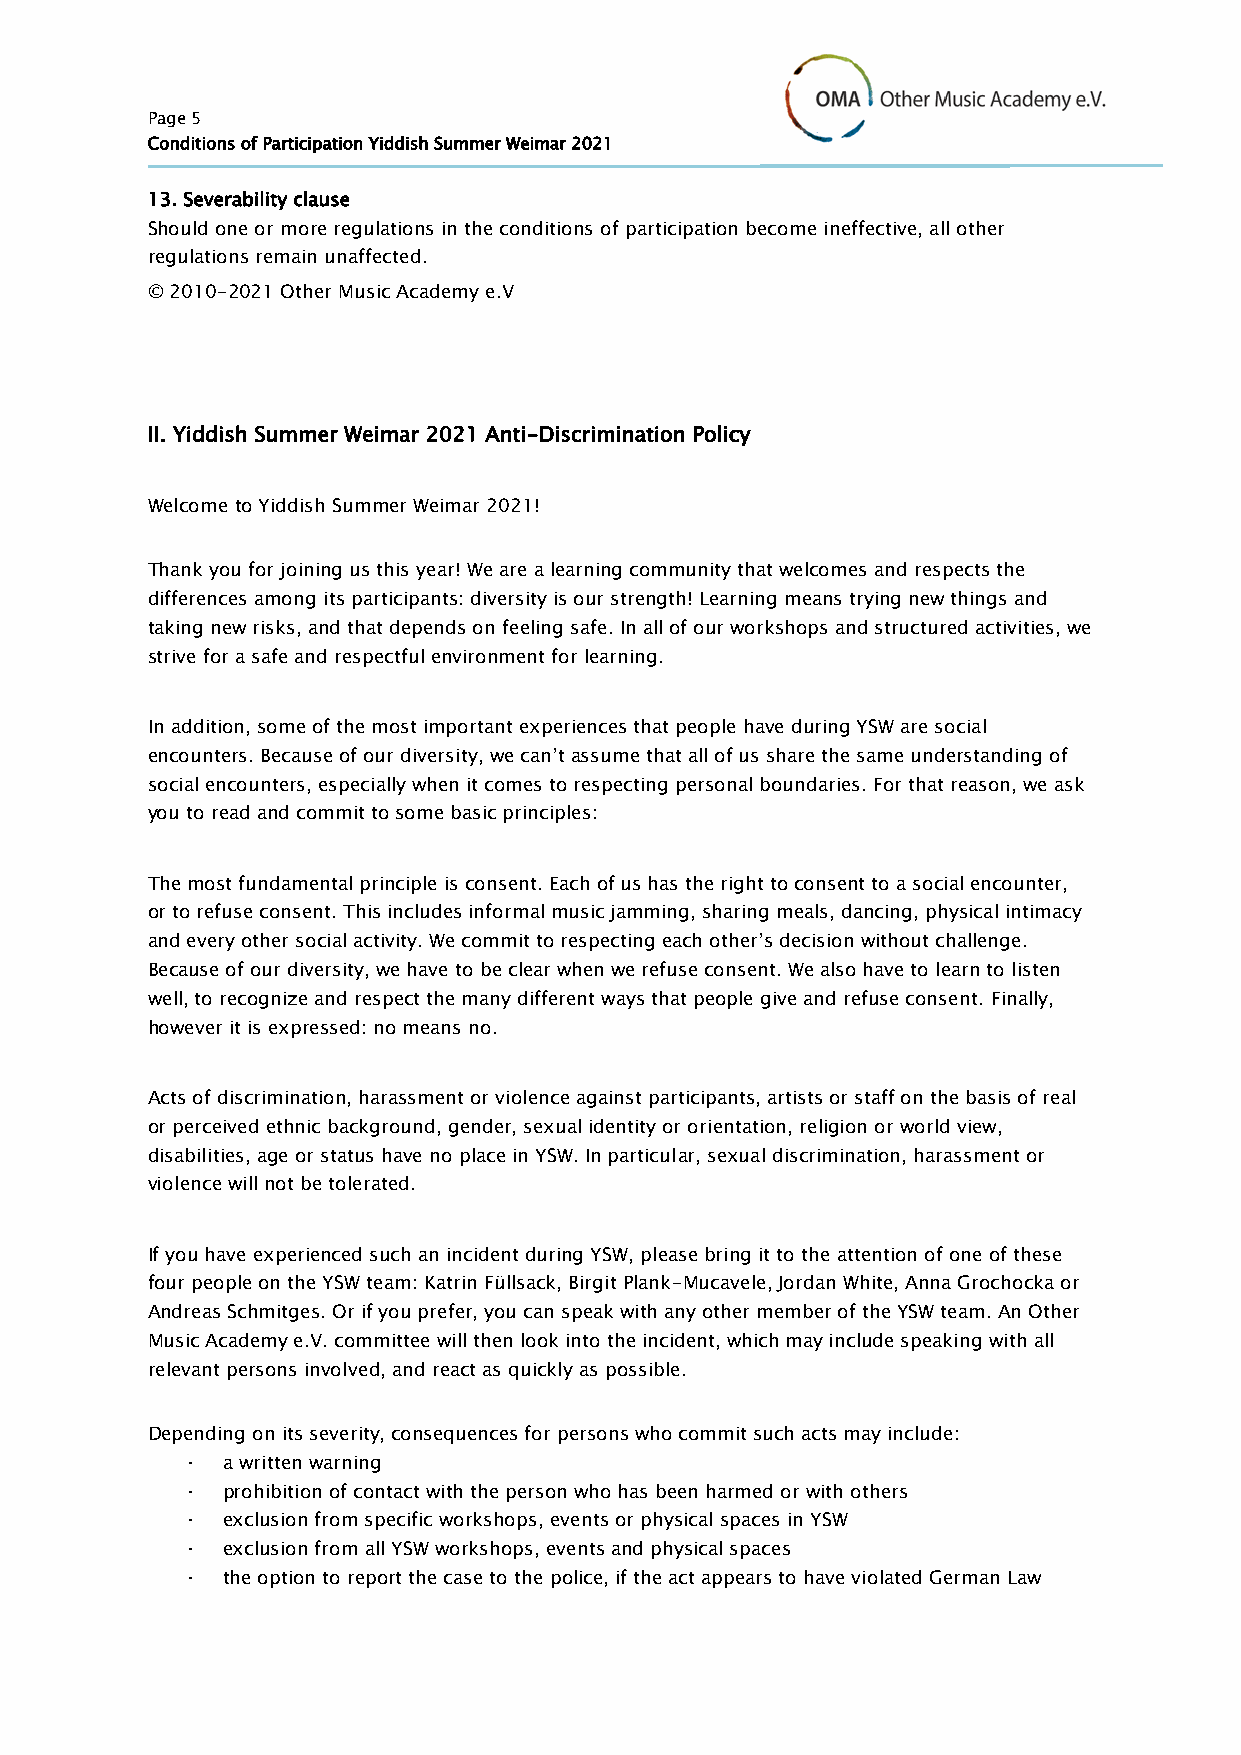
Page 5
 Conditions of Participation Yiddish Summer Weimar 2021
 13. Severability clause
 Should one or more regulations in the conditions of participation become ineffective, all other
 regulations remain unaffected.
 © 2010-2021 Other Music Academy e.V
 II. Yiddish Summer Weimar 2021 Anti-Discrimination Policy
 Welcome to Yiddish Summer Weimar 2021!
 Thank you for joining us this year! We are a learning community that welcomes and respects the
 differences among its participants: diversity is our strength! Learning means trying new things and
 taking new risks, and that depends on feeling safe. In all of our workshops and structured activities, we
 strive for a safe and respectful environment for learning.
 In addition, some of the most important experiences that people have during YSW are social
 encounters. Because of our diversity, we can’t assume that all of us share the same understanding of
 social encounters, especially when it comes to respecting personal boundaries. For that reason, we ask
 you to read and commit to some basic principles:
 The most fundamental principle is consent. Each of us has the right to consent to a social encounter,
 or to refuse consent. This includes informal music jamming, sharing meals, dancing, physical intimacy
 and every other social activity. We commit to respecting each other’s decision without challenge.
 Because of our diversity, we have to be clear when we refuse consent. We also have to learn to listen
 well, to recognize and respect the many different ways that people give and refuse consent. Finally,
 however it is expressed: no means no.
 Acts of discrimination, harassment or violence against participants, artists or staff on the basis of real
 or perceived ethnic background, gender, sexual identity or orientation, religion or world view,
 disabilities, age or status have no place in YSW. In particular, sexual discrimination, harassment or
 violence will not be tolerated.
 If you have experienced such an incident during YSW, please bring it to the attention of one of these
 four people on the YSW team: Katrin Füllsack, Birgit Plank-Mucavele, Jordan White, Anna Grochocka or
 Andreas Schmitges. Or if you prefer, you can speak with any other member of the YSW team. An Other
 Music Academy e.V. committee will then look into the incident, which may include speaking with all
 relevant persons involved, and react as quickly as possible.
 Depending on its severity, consequences for persons who commit such acts may include:
 ∙  a written warning
 ∙  prohibition of contact with the person who has been harmed or with others
 ∙  exclusion from specific workshops, events or physical spaces in YSW
 ∙  exclusion from all YSW workshops, events and physical spaces
 ∙  the option to report the case to the police, if the act appears to have violated German Law